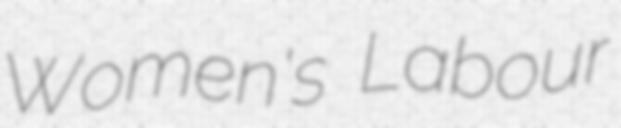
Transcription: Women's Labour